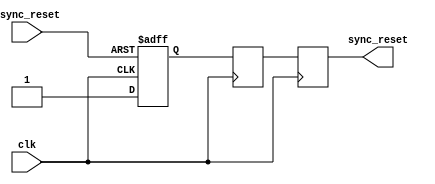
module async_reset_synchronizer (
    input  wire        async_reset,  // Asynchronous reset input
    input  wire        clk,          // Clock input
    output reg         sync_reset    // Synchronized reset output
);

    // Parameter to configure active-low or active-high reset
    parameter ACTIVE_LOW = 1;  // Set to 1 for active-low, 0 for active-high

    // Internal signals for first and second stage synchronization
    reg reset_sync_1;
    reg reset_sync_2;

    // Asynchronous reset capture and synchronization
    always @(posedge clk or negedge async_reset) begin
        if (ACTIVE_LOW) begin
            // Active-low configuration
            if (!async_reset) begin
                reset_sync_1 <= 1'b0; // Assert reset
            end else begin
                reset_sync_1 <= 1'b1; // Deassert reset
            end
        end else begin
            // Active-high configuration
            if (async_reset) begin
                reset_sync_1 <= 1'b1; // Assert reset
            end else begin
                reset_sync_1 <= 1'b0; // Deassert reset
            end
        end
    end

    always @(posedge clk) begin
        reset_sync_2 <= reset_sync_1; // Second stage synchronization
        sync_reset <= reset_sync_2;    // Final synchronized output
    end

endmodule